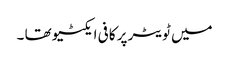
میں ٹویٹر پر کافی ایکٹیو تھا ۔